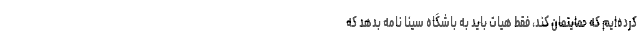
کرده‌ایم که حمایتمان کند، فقط هیات باید به باشگاه سینا نامه بدهد که